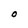
Character: O